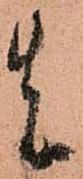
先